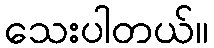
သေးပါတယ်။